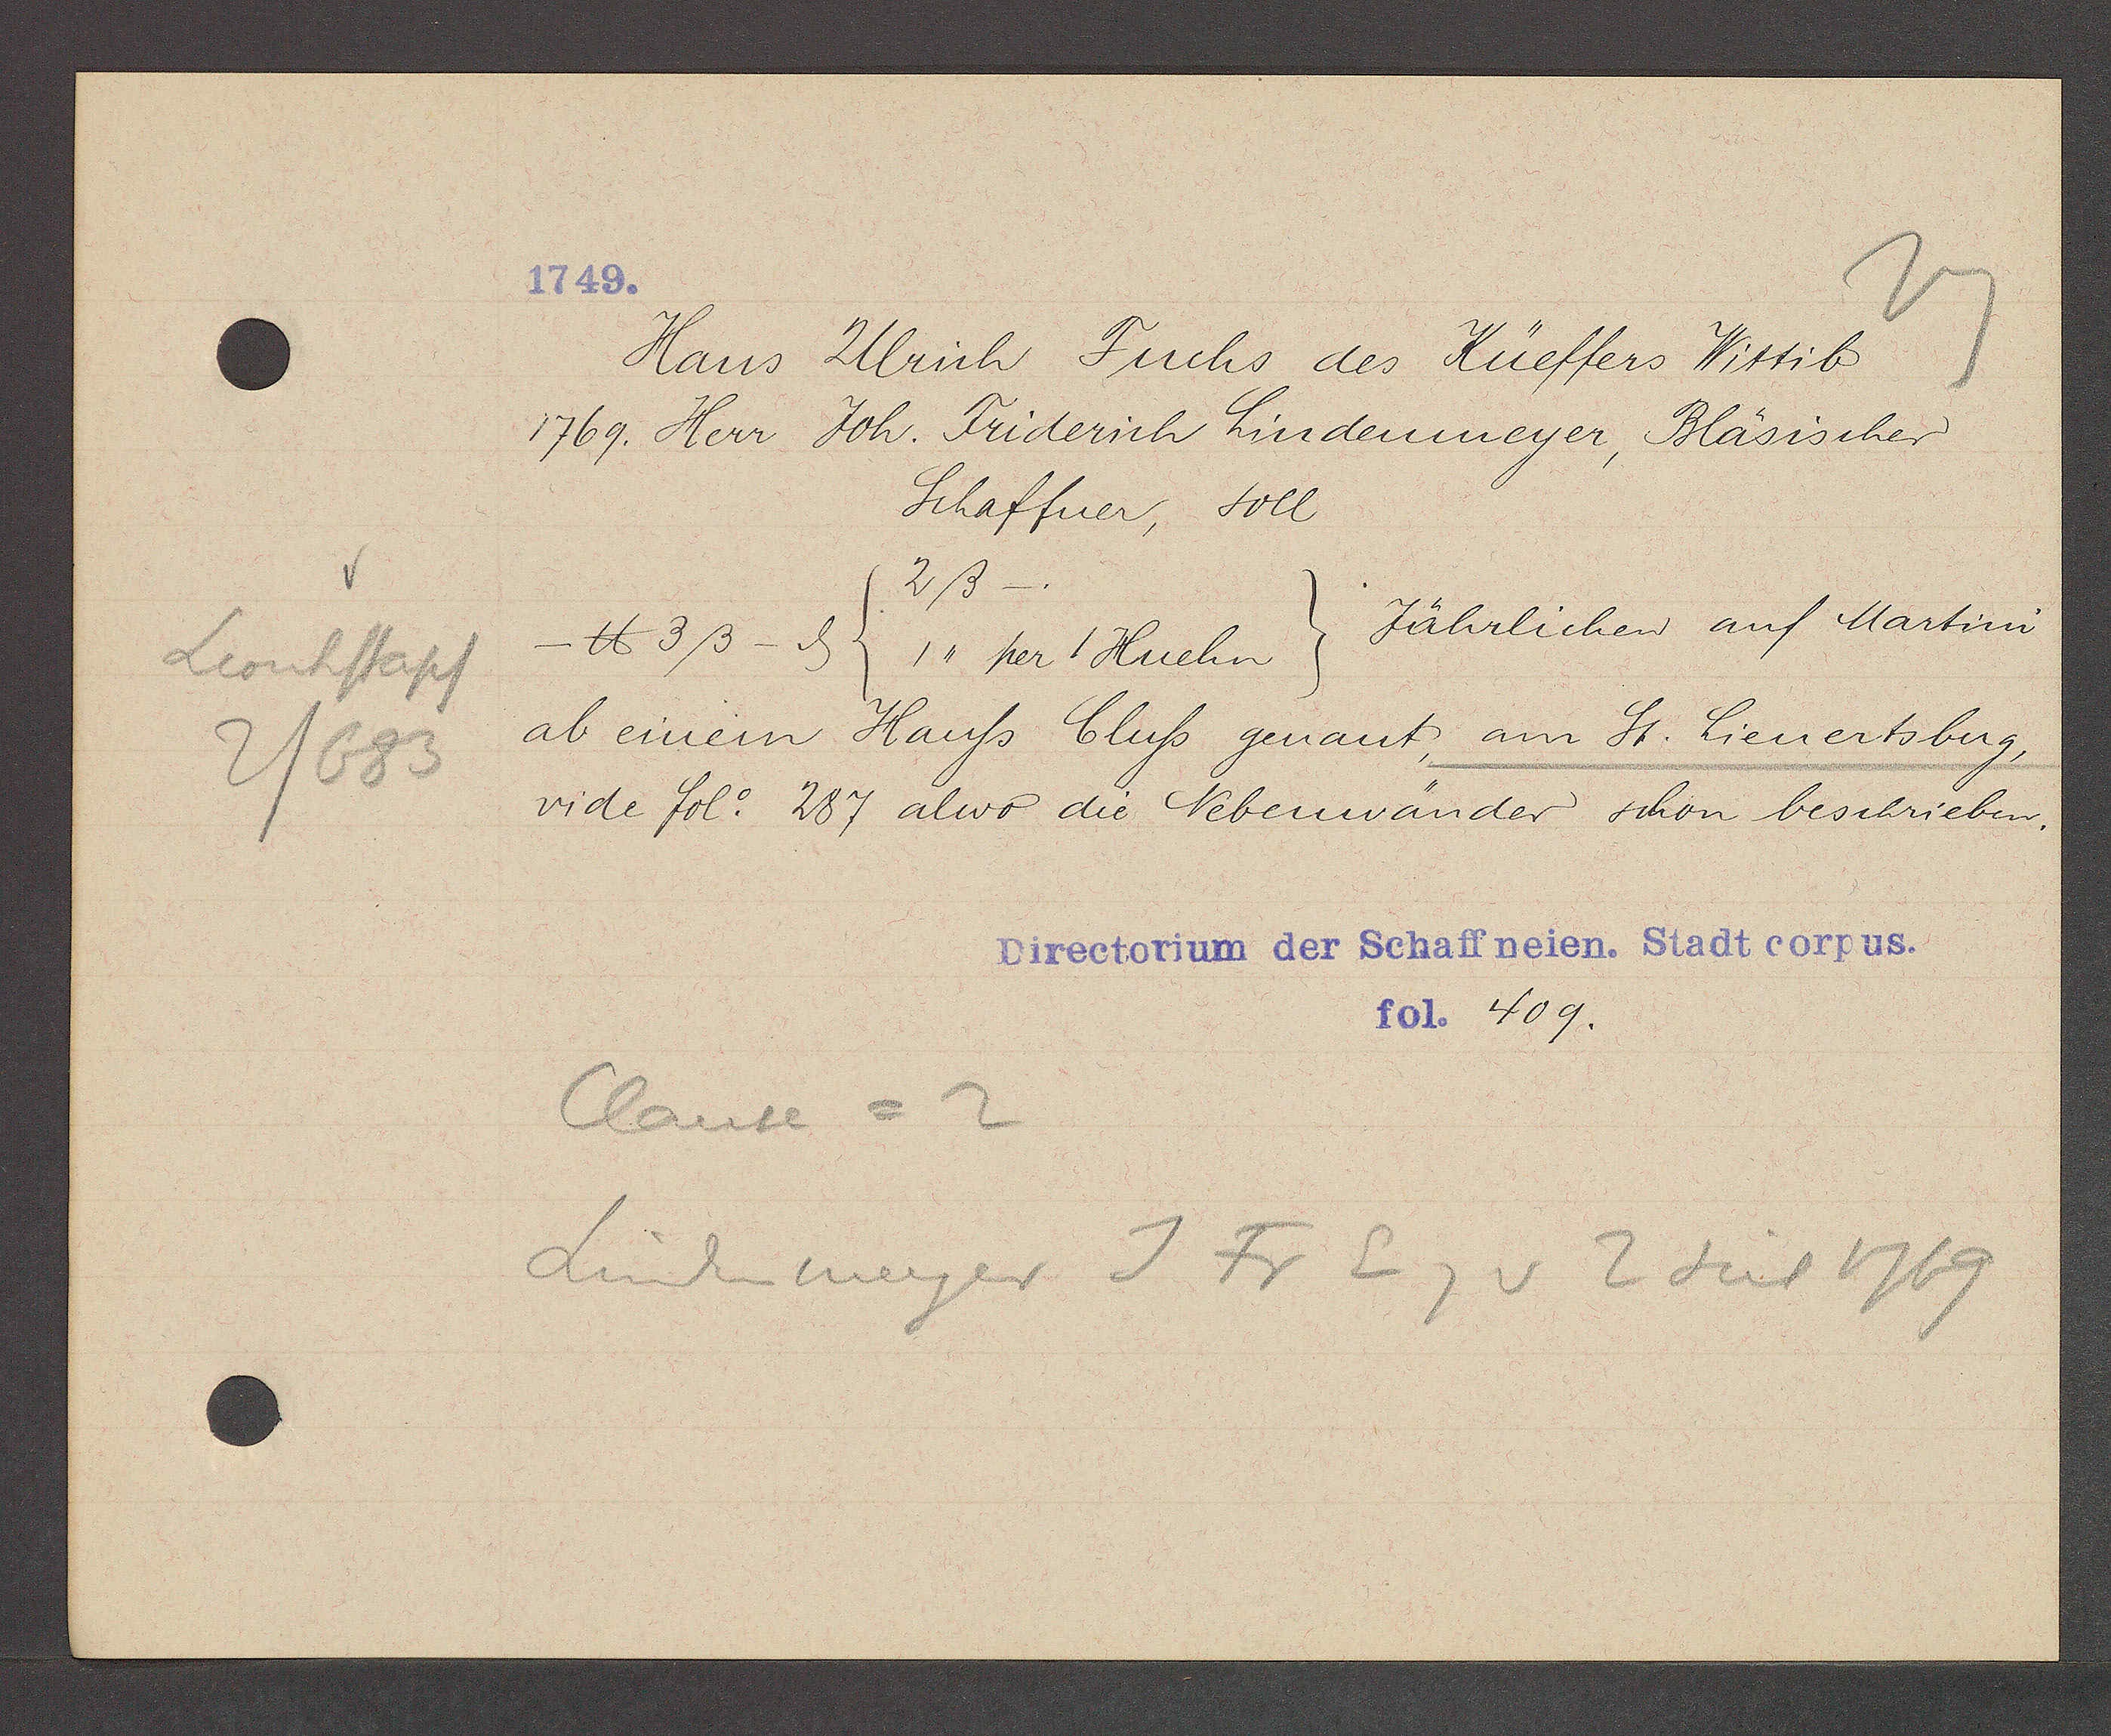
Transcript:
Leonhstapf
2/683

1749.

Hans Ulrich Fuchs des Küeffers Wttib
1769. Herr Joh. Friderich Lindenmeyer, Bläsischer
Schaffner, soll
2ß
Jährlichen auf Martini
℔ 3ß - ȡ (1,, per 1 Huehn)
ab einem Hauss Cluss genant, am St. Lienertsberg,
vide fol. 287 alwo die Nebenwänder schon beschrieben.

Directorium der Schaffneien: Stadt corpus.
fol. 409.

Clause =2
Lindenmeyer J Fr Eig v 2 seit 1769